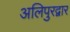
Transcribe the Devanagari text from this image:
अलिपुरद्वार